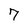
Character: 7